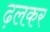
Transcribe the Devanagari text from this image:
ढ़लकर